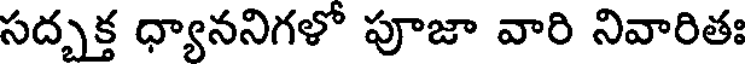
సద్బక్త ధ్యాననిగళో పూజా వారి నివారితః